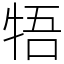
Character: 牾